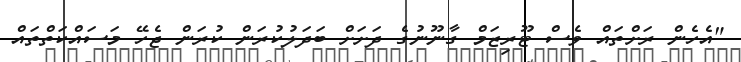
"އެހެން ރަށްތައް ވެސް ޓޫރިޒަމް ގާނޫނުގެ ދަށަށް ބަދަލުކުރަން ކުރަން ޖެހޭ މަސައްކަތްތައް